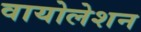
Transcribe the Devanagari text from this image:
वायोलेशन